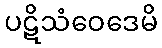
ပဋိသံဝေဒေမိ